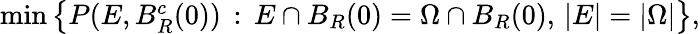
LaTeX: \begin{array}{r}{\operatorname*{min}\big\{ P(E,B_{R}^{c}(0))\, :\, E\cap B_{R}(0)=\Omega\cap B_{R}(0),\, |E|=|\Omega|\big\} ,}\end{array}